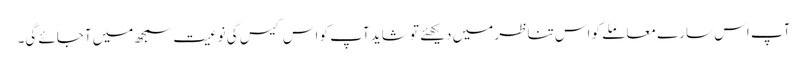
آپ اس سارے معاملے کو اس تناظر میں دیکھئے تو شاید آپ کو اس کیس کی نوعیت سمجھ میں آجائے گی۔